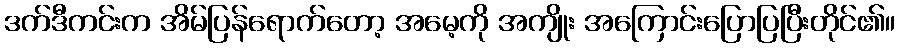
ဒက်ဒီကင်းက အိမ်ပြန်ရောက်တော့ အမေ့ကို အကျိုး အကြောင်းပြောပြပြီးတိုင်၏။